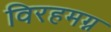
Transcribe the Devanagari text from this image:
विरहमग्न